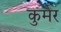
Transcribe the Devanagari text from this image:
कुमेर